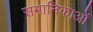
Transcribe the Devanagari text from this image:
समानिकाओं